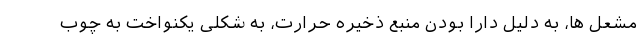
مشعل ها، به دلیل دارا بودن منبع ذخیره حرارت، به شکلی یکنواخت به چوب